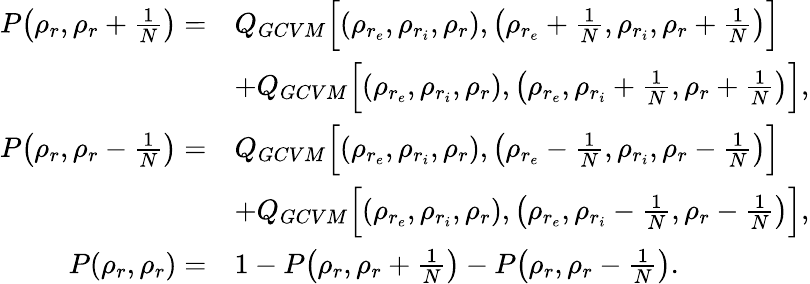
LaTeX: \begin{array}{rl}{P\big(\rho_{r},\rho_{r}+\frac{1}{N}\big)=}&{Q_{GCVM}\Big[(\rho_{r_{e}},\rho_{r_{i}},\rho_{r}),\big(\rho_{r_{e}}+\frac{1}{N},\rho_{r_{i}},\rho_{r}+\frac{1}{N}\big)\Big]}\\ &{+Q_{GCVM}\Big[(\rho_{r_{e}},\rho_{r_{i}},\rho_{r}),\big(\rho_{r_{e}},\rho_{r_{i}}+\frac{1}{N},\rho_{r}+\frac{1}{N}\big)\Big],}\\ {P\big(\rho_{r},\rho_{r}-\frac{1}{N}\big)=}&{Q_{GCVM}\Big[(\rho_{r_{e}},\rho_{r_{i}},\rho_{r}),\big(\rho_{r_{e}}-\frac{1}{N},\rho_{r_{i}},\rho_{r}-\frac{1}{N}\big)\Big]}\\ &{+Q_{GCVM}\Big[(\rho_{r_{e}},\rho_{r_{i}},\rho_{r}),\big(\rho_{r_{e}},\rho_{r_{i}}-\frac{1}{N},\rho_{r}-\frac{1}{N}\big)\Big],}\\ {P(\rho_{r},\rho_{r})=}&{1-P\big(\rho_{r},\rho_{r}+\frac{1}{N}\big)-P\big(\rho_{r},\rho_{r}-\frac{1}{N}\big).}\end{array}